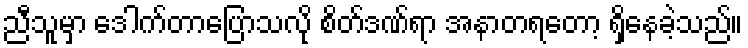
ညီသူမှာ ဒေါက်တာပြောသလို စိတ်ဒဏ်ရာ အနာတရတော့ ရှိနေခဲ့သည်။